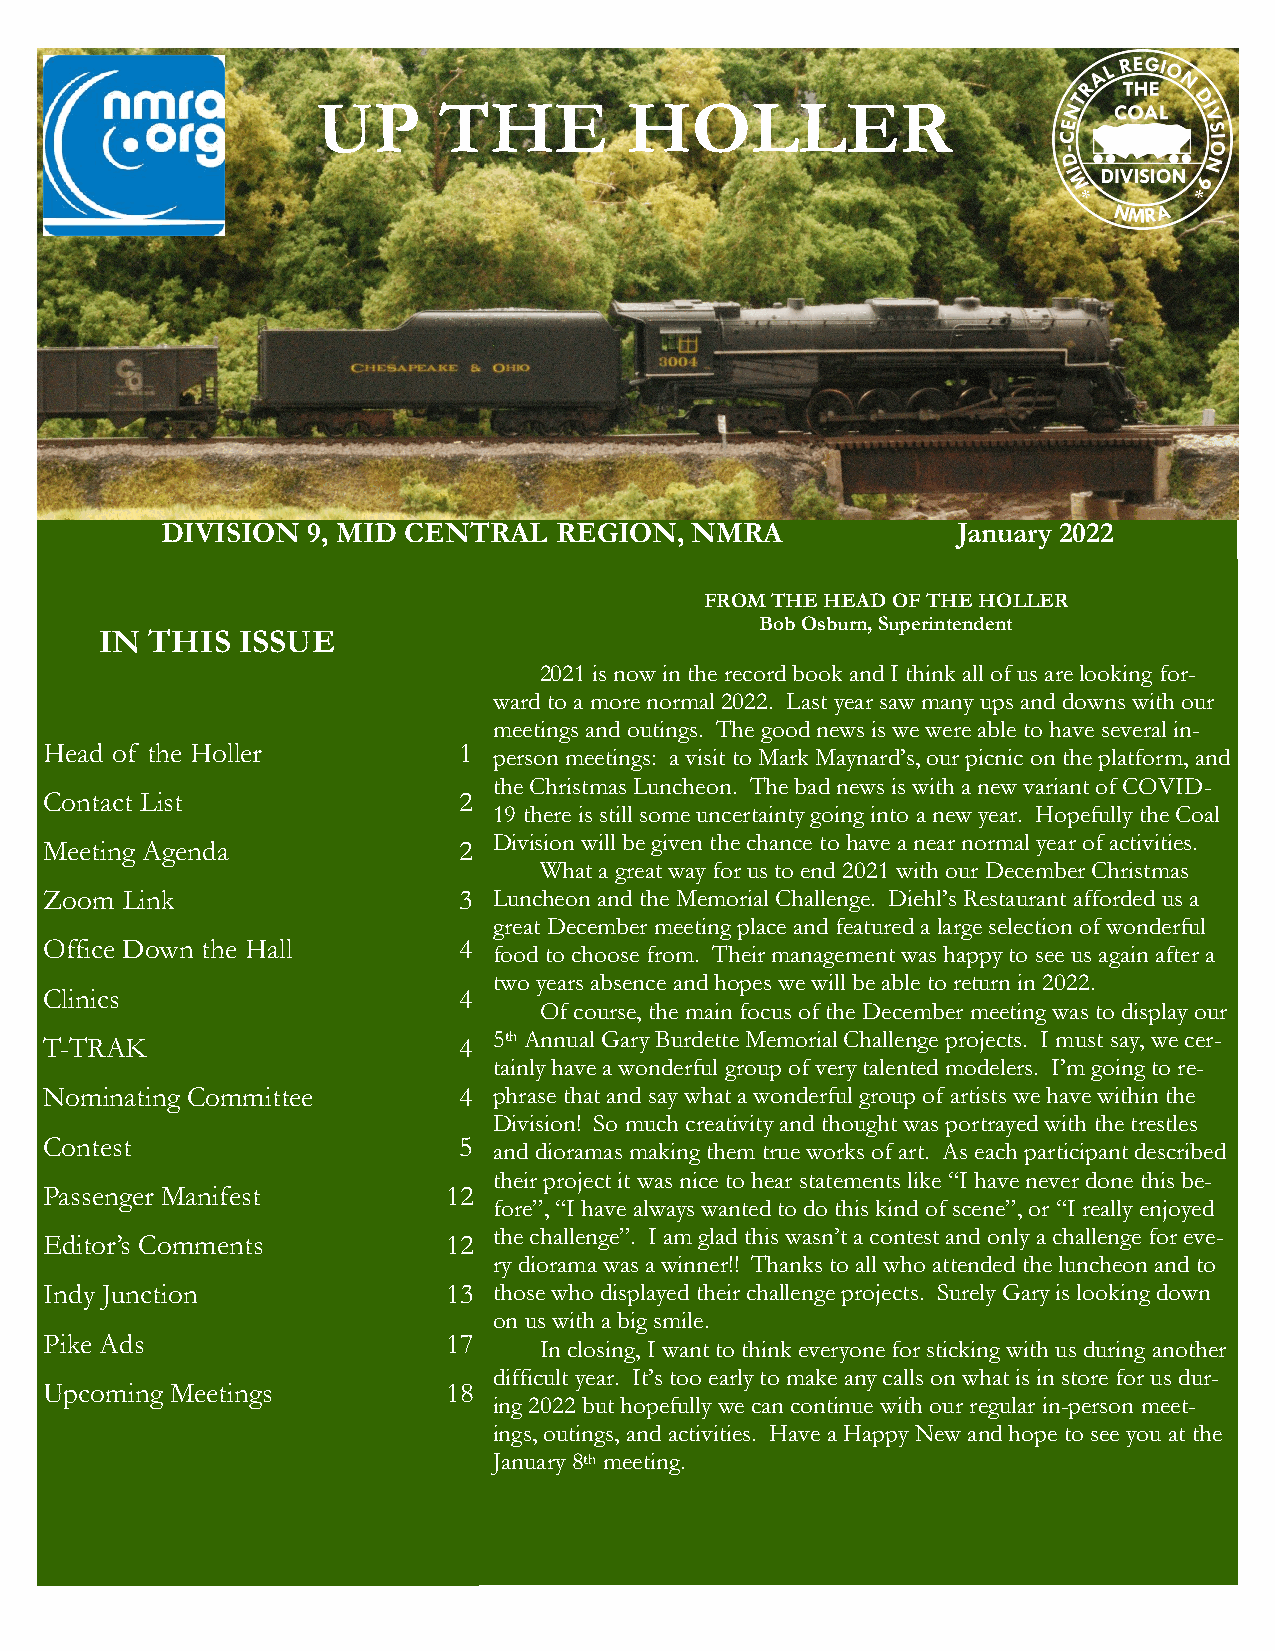
UUPP    TTHHEE       HHOOLLLLEERR
 DIVISION 9, MID CENTRAL   REGION,  NMRA             January 2022
 FROM THE HEAD OF THE HOLLER
 Bob Osburn, Superintendent
 IN THIS  ISSUE
 2021 is now in the record book and I think all of us are looking for-
 ward to a more normal 2022. Last year saw many ups and downs with our
 meetings and outings. The good news is we were able to have several in-
 Head of the Holler         1
 person meetings: a visit to Mark Maynard’s, our picnic on the platform, and
 the Christmas Luncheon. The bad news is with a new variant of COVID-
 Contact List               2
 19 there is still some uncertainty going into a new year. Hopefully the Coal
 Division will be given the chance to have a near normal year of activities.
 Meeting Agenda             2
 What a great way for us to end 2021 with our December Christmas
 Zoom Link                  3  Luncheon and the Memorial Challenge. Diehl’s Restaurant afforded us a
 great December meeting place and featured a large selection of wonderful
 Office Down the Hall       4
 food to choose from. Their management was happy to see us again after a
 two years absence and hopes we will be able to return in 2022.
 Clinics                    4
 Of course, the main focus of the December meeting was to display our
 T-TRAK                     4
 5th Annual Gary Burdette Memorial Challenge projects. I must say, we cer-
 tainly have a wonderful group of very talented modelers. I’m going to re-
 Nominating Committee       4  phrase that and say what a wonderful group of artists we have within the
 Division! So much creativity and thought was portrayed with the trestles
 Contest                    5
 and dioramas making them true works of art. As each participant described
 their project it was nice to hear statements like “I have never done this be-
 Passenger Manifest         12
 fore”, “I have always wanted to do this kind of scene”, or “I really enjoyed
 the challenge”. I am glad this wasn’t a contest and only a challenge for eve-
 Editor’s Comments          12
 ry diorama was a winner!! Thanks to all who attended the luncheon and to
 Indy Junction              13 those who displayed their challenge projects. Surely Gary is looking down
 on us with a big smile.
 Pike Ads                   17
 In closing, I want to think everyone for sticking with us during another
 difficult year. It’s too early to make any calls on what is in store for us dur-
 Upcoming Meetings          18
 ing 2022 but hopefully we can continue with our regular in-person meet-
 ings, outings, and activities. Have a Happy New and hope to see you at the
 January 8th meeting.
 Tygart Valley Flyer motive power. Photo by John Harris